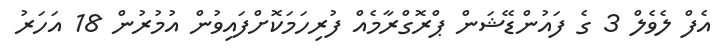
އެފް ލެވެލް 3 ގެ ފައުންޑޭޝަން ޕްރޮގްރާމެއް ފުރިހަމަކޮށްފައިވުން އުމުރުން 18 އަހަރު